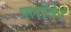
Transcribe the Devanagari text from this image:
फ्लॉबेर